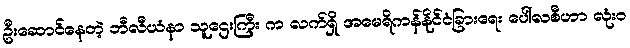
ဦးဆောင်နေတဲ့ ဘီလီယံနာ သူဌေးကြီး က လက်ရှိ အမေရိကန်နိုင်ငံခြားရေး ပေါ်လစီဟာ လုံး၀